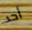
أحد